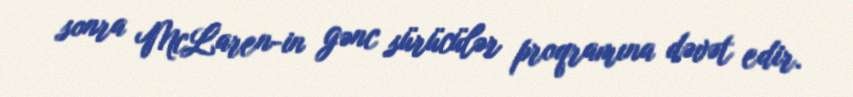
sonra McLaren-in gənc sürücülər proqramına dəvət edir.